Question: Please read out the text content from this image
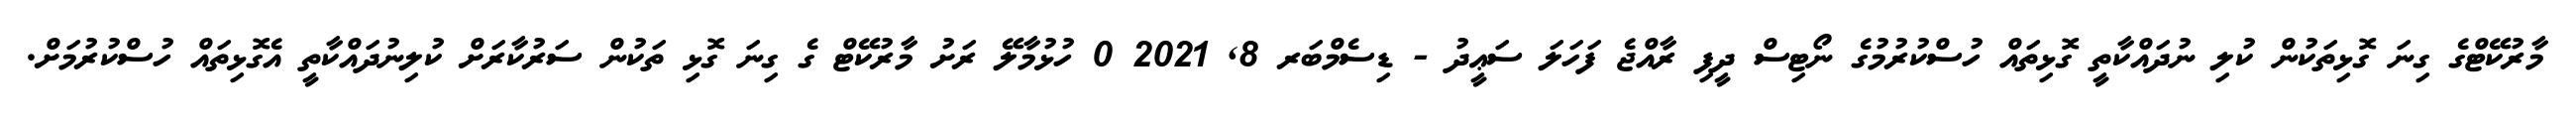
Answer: މާރުކޭޓްގެ ގިނަ ގޮޅިތަކުން ކުލި ނުދައްކާތީ ގޮޅިތައް ހުސްކުރުމުގެ ނޯޓިސް ދީފި ރާއްޖެ ފަހަލަ ސަޢީދު - ޑިސެމްބަރ 8, 2021 0 ހުޅުމާލޭ ރަށު މާރުކޭޓް ގެ ގިނަ ގޮޅި ތަކުން ސަރުކާރަށް ކުލިނުދައްކާތީ އެގޮޅިތައް ހުސްކުރުމަށް.